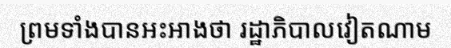
ព្រមទាំងបានអះអាងថា រដ្ឋាភិបាលវៀតណាម